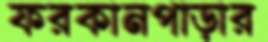
ফরকানপাড়ার